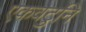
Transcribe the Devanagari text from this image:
एकवटुनि